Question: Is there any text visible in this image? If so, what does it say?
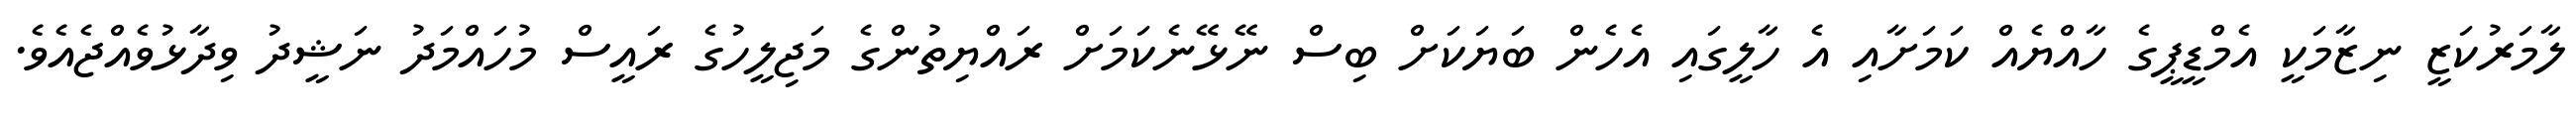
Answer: ލާމަރުކަޒީ ނިޒާމަކީ އެމްޑީޕީގެ ހާއްޔެއް ކަމަށާއި އެ ހާލީގައި އެހެން ބަޔަކަށް ބިސް ނޭޅޭނެކަމަށް ރައްޔިތުންގެ މަޖިލީހުގެ ރައީސް މުހައްމަދު ނަޝީދު ވިދާޅުވެއްޖެއެވެ.